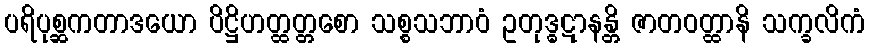
ပရိပုစ္ဆကတာဒယော ပိဋ္ဌိဟတ္ထတ္တစော သစ္စသဘာဝံ ဥတုဒ္ဓဋာနန္တိ ဇာတဝတ္ထာနိ သက္ခလိကံ